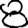
Digit: 8